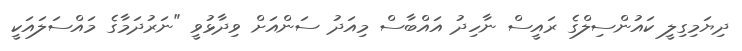
ދިޔަމިގިލީ ކައުންސިލްގެ ރައީސް ނާހިދު އައްބާސް މިއަދު ސަންއަށް ވިދާޅުވީ "ނަރުދަމާގެ މައްސަލައަކީ